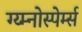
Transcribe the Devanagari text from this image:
ग्य्म्नोस्पेर्म्स